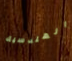
الهندسية